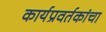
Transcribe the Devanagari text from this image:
कार्यप्रवर्तकांचा